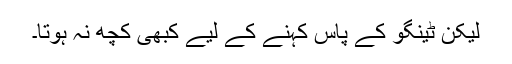
لیکن ٹینگو کے پاس کہنے کے لیے کبھی کچھ نہ ہوتا۔